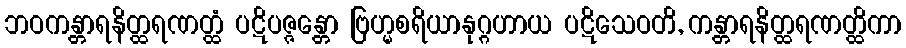
ဘဝကန္တာရနိတ္ထရဏတ္ထံ ပဋိပဇ္ဇန္တော ဗြဟ္မစရိယာနုဂ္ဂဟာယ ပဋိသေဝတိ, ကန္တာရနိတ္ထရဏတ္ထိကာ